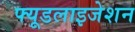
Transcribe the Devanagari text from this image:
फ्यूडलाइजेशन